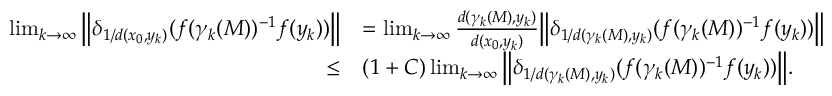
\begin{array} { r l } { \operatorname* { l i m } _ { k \to \infty } \Big \lVert \delta _ { 1 / d ( x _ { 0 } , y _ { k } ) } ( f ( \gamma _ { k } ( M ) ) ^ { - 1 } f ( y _ { k } ) ) \Big \rVert } & { = \operatorname* { l i m } _ { k \to \infty } \frac { d ( \gamma _ { k } ( M ) , y _ { k } ) } { d ( x _ { 0 } , y _ { k } ) } \Big \lVert \delta _ { 1 / d ( \gamma _ { k } ( M ) , y _ { k } ) } ( f ( \gamma _ { k } ( M ) ) ^ { - 1 } f ( y _ { k } ) ) \Big \rVert } \\ { \leq } & { ( 1 + C ) \operatorname* { l i m } _ { k \to \infty } \Big \lVert \delta _ { 1 / d ( \gamma _ { k } ( M ) , y _ { k } ) } ( f ( \gamma _ { k } ( M ) ) ^ { - 1 } f ( y _ { k } ) ) \Big \rVert . } \end{array}